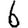
Digit: 6